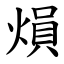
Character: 熉